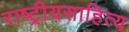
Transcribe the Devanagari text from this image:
राष्ट्रीयसाहित्य